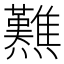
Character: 㸐